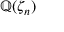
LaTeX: \mathbb { Q } ( \zeta _ { n } )